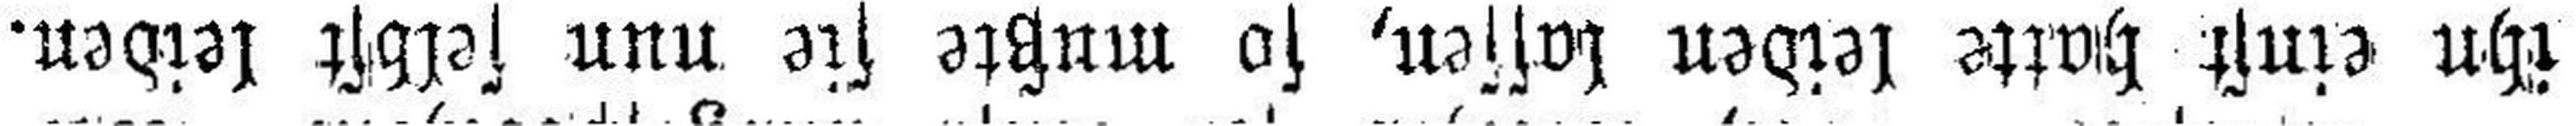
ihn einst hatte leiden lassen, so mußte sie nun selbst leiden.